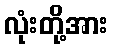
လုံးတို့အား